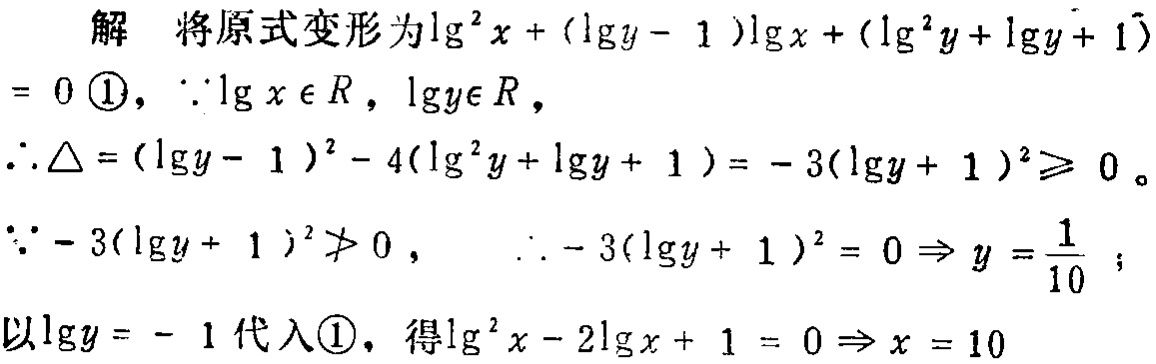
解 将原式变形为\(\lg^{2}x + (\lg y - 1)\lg x + (\lg^{2}y + \lg y + 1)\)
\(= 0\) \(\textcircled{1}\)，\(\because\lg x\in R\)，\(\lg y\in R\)，
\(\therefore\Delta = (\lg y - 1)^{2} - 4(\lg^{2}y + \lg y + 1)= - 3(\lg y + 1)^{2}\geqslant 0\)。
\(\because - 3(\lg y + 1)^{2}\ngeqslant 0\)， \(\therefore - 3(\lg y + 1)^{2} = 0\Rightarrow y = \frac{1}{10}\)；
以\(\lg y = - 1\)代入\(\textcircled{1}\)，得\(\lg^{2}x - 2\lg x + 1 = 0\Rightarrow x = 10\)